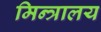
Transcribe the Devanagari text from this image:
मिन्त्रालय